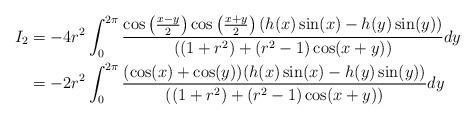
LaTeX: \begin{align*}I_{2} & = -4r^2\int_{0}^{2\pi}\frac{\cos\left(\frac{x-y}{2}\right)\cos\left(\frac{x+y}{2}\right)(h(x)\sin(x)-h(y)\sin(y))}{((1+r^2)+(r^2-1)\cos(x+y))}dy \\& = -2r^2\int_{0}^{2\pi}\frac{(\cos(x)+\cos(y))(h(x)\sin(x)-h(y)\sin(y))}{((1+r^2)+(r^2-1)\cos(x+y))}dy \\\end{align*}